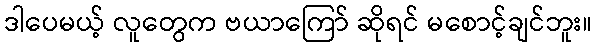
ဒါပေမယ့် လူတွေက ဗယာကြော် ဆိုရင် မစောင့်ချင်ဘူး။